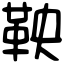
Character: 鞅